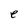
Character: e